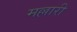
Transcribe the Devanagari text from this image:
मल्लारी